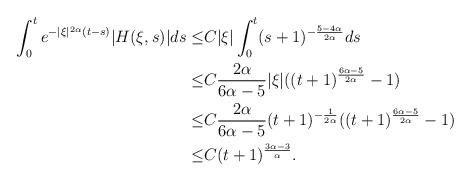
LaTeX: \begin{align*}\int_{0}^{t}e^{-|\xi|^{2\alpha}(t-s)}|H(\xi,s)|ds\leq & C|\xi|\int_{0}^{t}(s+1)^{-\frac{5-4\alpha}{2\alpha}}ds\\ \leq& C\frac{2\alpha}{6\alpha-5}|\xi|((t+1)^{\frac{6\alpha-5}{2\alpha}}-1)\\ \leq&C\frac{2\alpha}{6\alpha-5}(t+1)^{-\frac{1}{2\alpha}}((t+1)^{\frac{6\alpha-5}{2\alpha}}-1)\\ \leq&C(t+1)^{\frac{3\alpha-3}{\alpha}}.\end{align*}